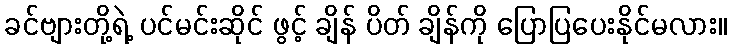
ခင်ဗျားတို့ရဲ့ ပင်မင်းဆိုင် ဖွင့် ချိန် ပိတ် ချိန်ကို ပြောပြပေးနိုင်မလား။